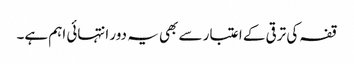
قفہ کی ترقی کے اعتبار سے بھی یہ دور انتہائی اہم ہے۔